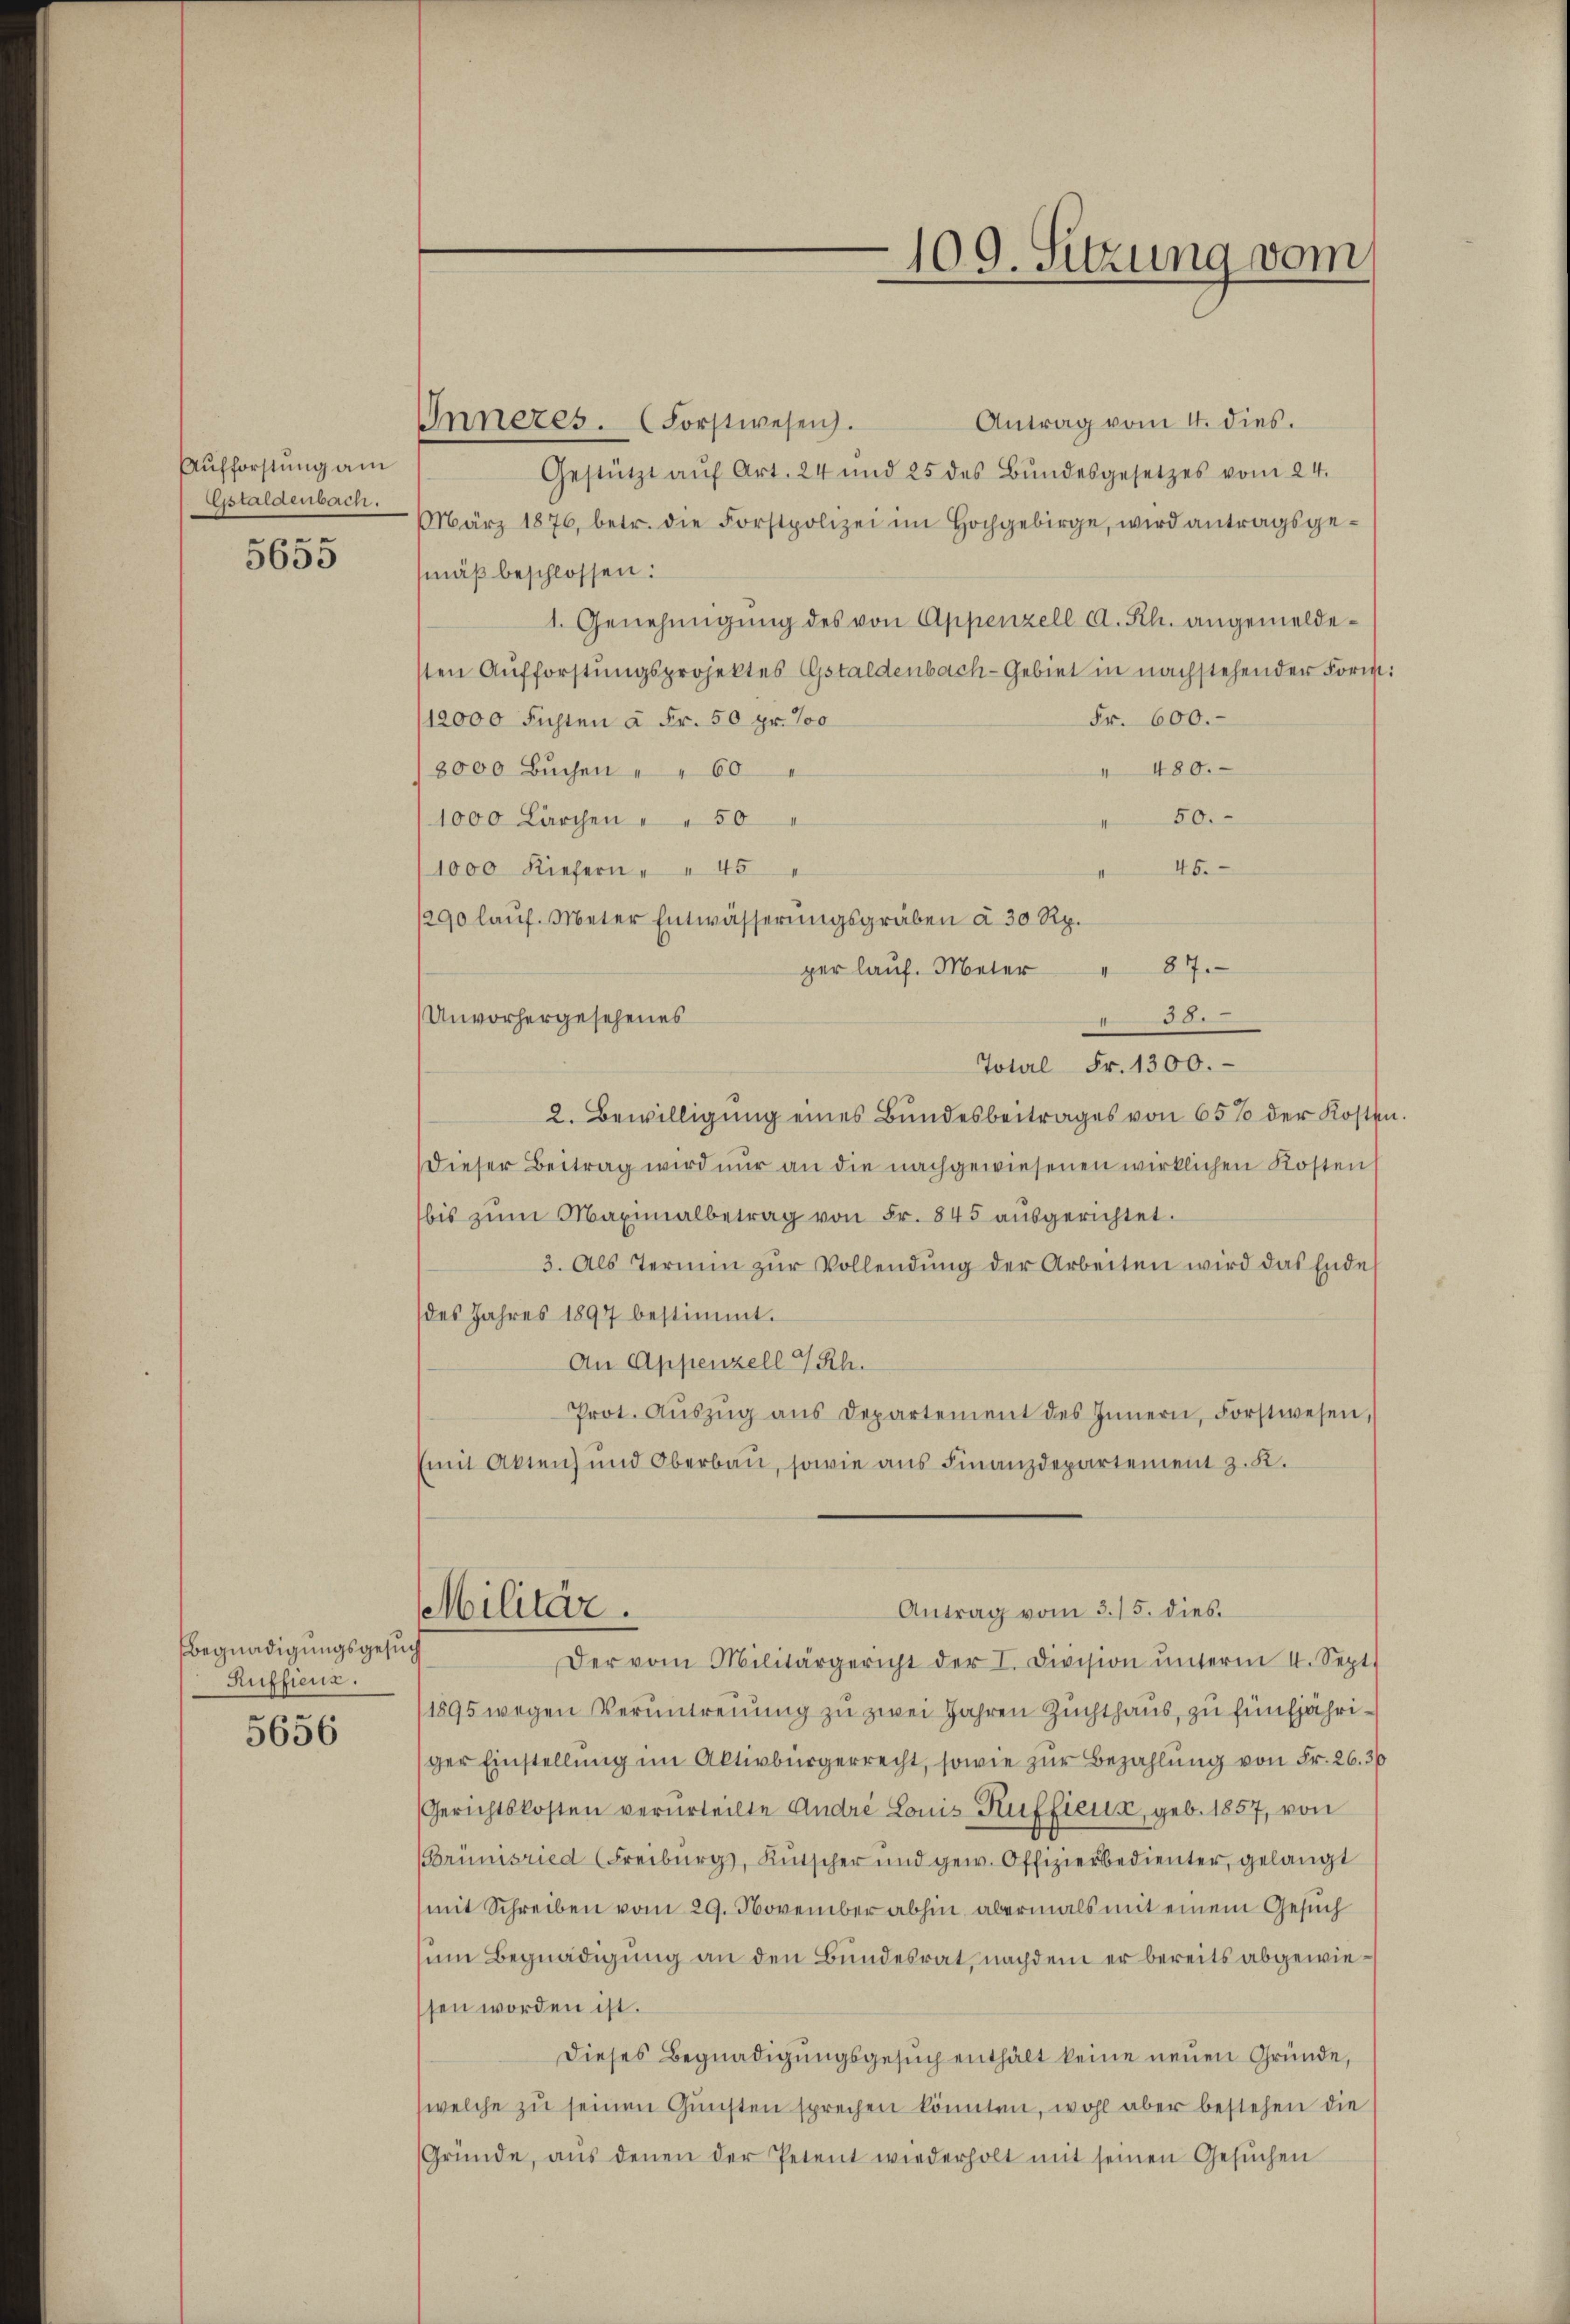
Aufforstung am
Eistaldenbach.
e

5650

Begnadigungsgesuch
Ruffienz.

5656

109. Sitzung vom

Antrag vom 4. dies.
Inneres. (Forstwesen.
Gestützt aŭf Art. 24 und 25 des Bŭndesgesetzes vom 24.
März 1876, betr. die Forstpolizei im Hochgebirge, wird antragsge-
mäß beschlossen:
1. Genehmigŭng des von Appenzell A. Rh. angemeldesten Aufforstungsprojektes Gstaldenbach-Gebiet in nachstehender Form:
Fr. 600.
(12000 Fühlen à Fr. 50 pr. 100
 480.
3000 Buchen " " 60
50.
1000 Lärchen " " 50
45.
1000 Kiefern " " 45
1290 laŭf. Meter Entwässerŭngsgräben à 30 Rp.
87.
per lauf. Meter
Unvorhergesehenes
2. Bewilligung eines Bundesbeitrages von 65% der Kosten.
dieser Beitrag wird nur an die nachgewiesenen wirklichen Kosten
bis zŭm Maximalbetrag von Fr. 845 aŭsgerichtet.
3. Als Termin zŭr Vollendung der Arbeiten wird das Ende
des Jahres 1897 bestimmt.
An Appenzell 7 Rh.
Prot. Aŭszŭg ans Departement des Innern, Forstwesen,
(mit Akten) und Oberbau, sowie aus Finanzdepartement z. K.
Antrag vom 3. 15. dies
Militär.
Der vom Militärgericht der I. Division ŭnterm I. Sept.
/1895 wegen Veruntreuung zu zwei Jahren Zuchthaus, zu fünfjähriger Einstellung im Aktivbürgerrecht, sowie zur Bezahlung von Fr. 26. 36
Gerichtskosten verurteilte Andre Louis Ruffieux, geb. 1857, von
Brümisried (Freiburg, Kŭtscher und gew. Offizierbedienter, gelangt
mit Schreiben vom 29. November abhin abermals mit einem Gesuch
sum Begnadigung an den Bundesrat, nachdem er bereits abgewiessen worden ist.
Dieses Begnadigungsgesuch enthält keine neuen Gründe,
(welche zu seinen Gunsten sprechen könnten, wohl aber bestehen die
Gründe, aŭs denen der Petent wiederholt mit seinen Gesŭchen

38.
Total Fr. 1300.